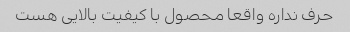
حرف نداره واقعا محصول با کیفیت بالایی هست